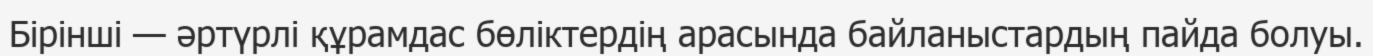
Бірінші — әртүрлі құрамдас бөліктердің арасында байланыстардың пайда болуы.